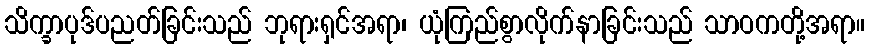
သိက္ခာပုဒ်ပညတ်ခြင်းသည် ဘုရားရှင်အရာ၊ ယုံကြည်စွာလိုက်နာခြင်းသည် သာဝကတို့အရာ။